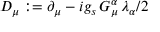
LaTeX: D _ { \mu } : = \partial _ { \mu } - i g _ { s } \, G _ { \mu } ^ { \alpha } \, \lambda _ { \alpha } / 2